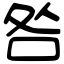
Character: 咎